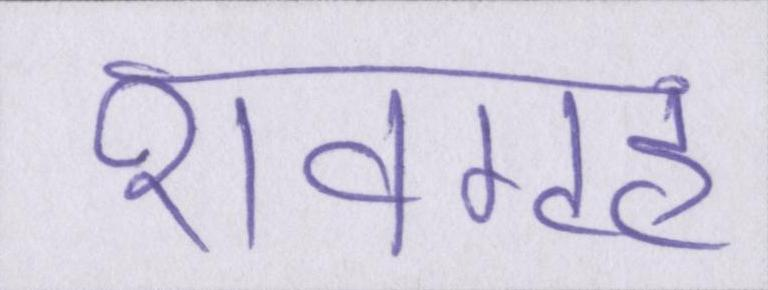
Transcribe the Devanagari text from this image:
शवगृह